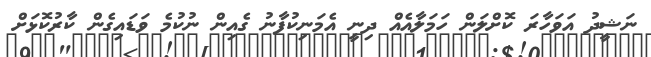
ނަޝީދު އަވަހާރަަ ކޮށްލަން ހަމަލާއެއް ދިނީ އެމަނިކުފާނު ގެއިން ނުކުމެ ވަޑައިގެން ކާރުކޮޅަށް